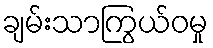
ချမ်းသာကြွယ်ဝမှု